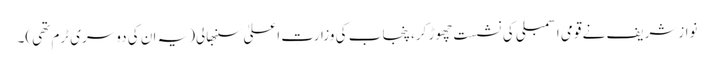
نوازشریف نے قومی اسمبلی کی نشست چھوڑ کر، پنجاب کی وزارتِ اعلیٰ سنبھالی(یہ ان کی دوسری ٹرم تھی)۔